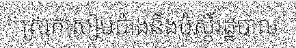
ស្រុកសៀមប៉ាងនិងប៉ុស្តិ៍រដ្ឋបាល